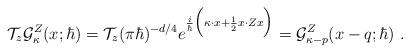
LaTeX: \begin{align*}\mathcal{T}_z\mathcal{G}^Z_\kappa(x;\hbar)=\mathcal{T}_z(\pi\hbar)^{-d/4}e^{\frac{i}{\hbar}\Big(\kappa\cdot x+\frac{1}{2}x\cdot Zx\Big)}=\mathcal{G}^Z_{\kappa-p}(x-q;\hbar) \ .\end{align*}